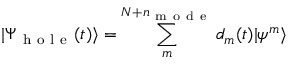
| \Psi _ { \mathrm { ~ h ~ o ~ l ~ e ~ } } ( t ) \rangle = \sum _ { m } ^ { N + n _ { \mathrm { ~ m ~ o ~ d ~ e ~ } } } d _ { m } ( t ) | \psi ^ { m } \rangle